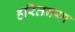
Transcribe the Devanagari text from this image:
हरितनया